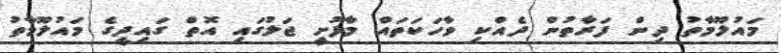
މައުލޫމާތު ދިން ފަރާތުން ދެއްކި ވާހަކަތައް މާފުށީ ޖަލުގައި އޮތް ގައިދީގެ މައުލޫމާތު